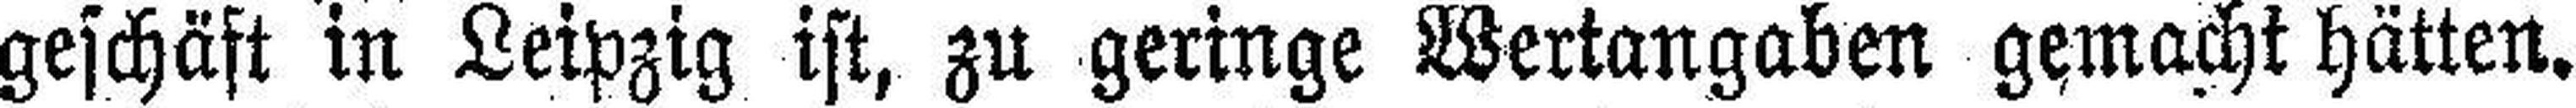
geschäft in Leipzig ist, zu geringe Wertangaben gemacht hätten.